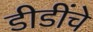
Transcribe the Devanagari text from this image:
डीडींचे